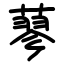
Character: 蓼